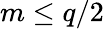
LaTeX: m\leq q/2